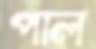
পাল